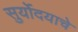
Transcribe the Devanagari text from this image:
सुर्योदयाचे